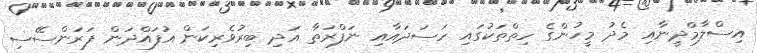
އިސްލާމްދީނާއި މެދު މީހުންގެ ހިތްތަކުގައި ހަސަދައާއި ނަފްރަތާ އަދި ބިރުވެރިކަން އުފައްދަން ފަރަންސޭސި